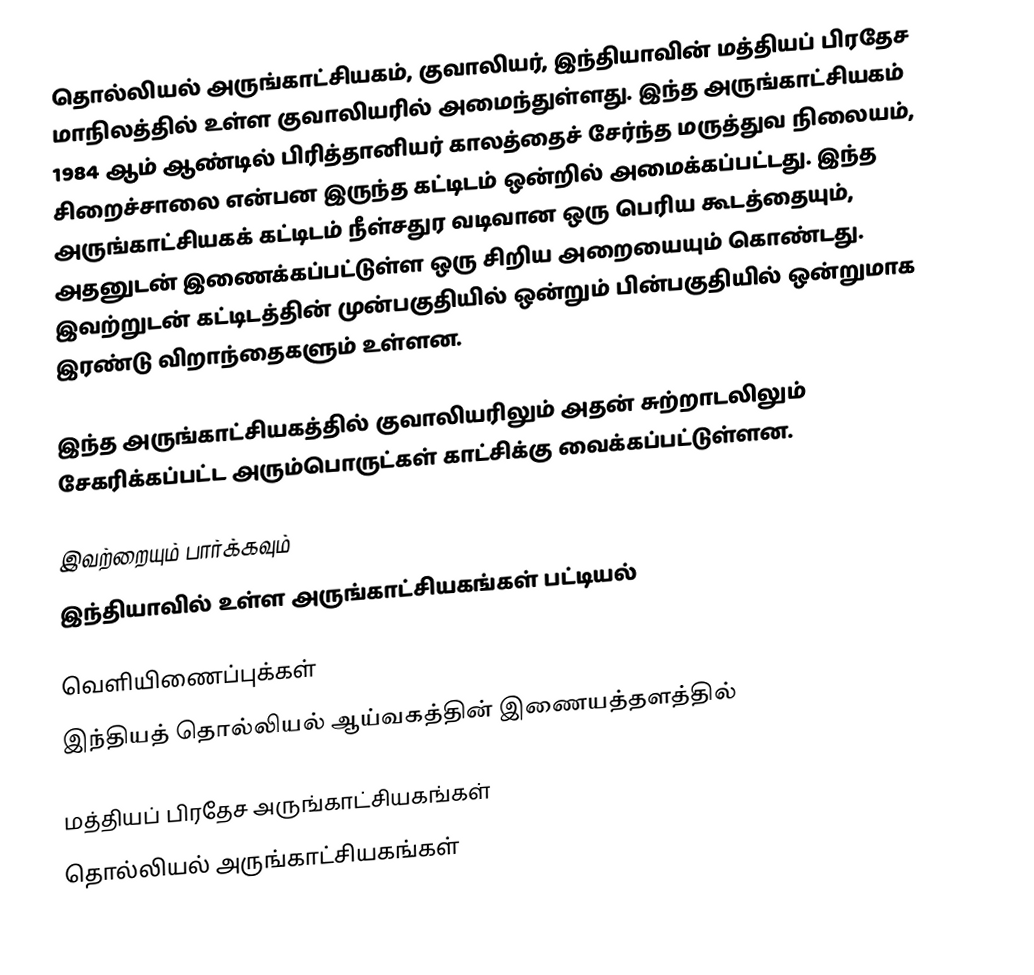
தொல்லியல் அருங்காட்சியகம், குவாலியர், இந்தியாவின் மத்தியப் பிரதேச மாநிலத்தில் உள்ள குவாலியரில் அமைந்துள்ளது. இந்த அருங்காட்சியகம் 1984 ஆம் ஆண்டில் பிரித்தானியர் காலத்தைச் சேர்ந்த மருத்துவ நிலையம், சிறைச்சாலை என்பன இருந்த கட்டிடம் ஒன்றில் அமைக்கப்பட்டது. இந்த அருங்காட்சியகக் கட்டிடம் நீள்சதுர வடிவான ஒரு பெரிய கூடத்தையும், அதனுடன் இணைக்கப்பட்டுள்ள ஒரு சிறிய அறையையும் கொண்டது. இவற்றுடன் கட்டிடத்தின் முன்பகுதியில் ஒன்றும் பின்பகுதியில் ஒன்றுமாக இரண்டு விறாந்தைகளும் உள்ளன.

இந்த அருங்காட்சியகத்தில் குவாலியரிலும் அதன் சுற்றாடலிலும் சேகரிக்கப்பட்ட அரும்பொருட்கள் காட்சிக்கு வைக்கப்பட்டுள்ளன.

இவற்றையும் பார்க்கவும்
 இந்தியாவில் உள்ள அருங்காட்சியகங்கள் பட்டியல்

வெளியிணைப்புக்கள்
 இந்தியத் தொல்லியல் ஆய்வகத்தின் இணையத்தளத்தில்

மத்தியப் பிரதேச அருங்காட்சியகங்கள்
தொல்லியல் அருங்காட்சியகங்கள்